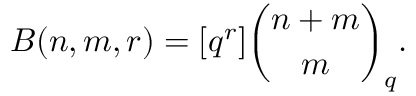
B ( n , m , r ) = [ q ^ { r } ] { \binom { n + m } { m } } _ { q } .